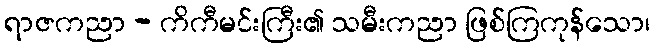
ရာဇကညာ - ကိကီမင်းကြီး၏ သမီးကညာ ဖြစ်ကြကုန်သော၊